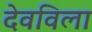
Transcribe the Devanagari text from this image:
देवविला